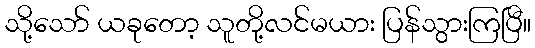
သို့သော် ယခုတော့ သူတို့လင်မယား ပြန်သွားကြပြီ။